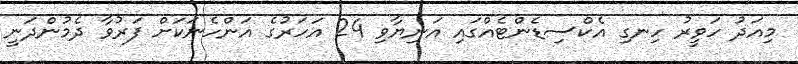
މިއަދު ހަވީރު ހިނގި އެކްސިޑެންޓެއްގައި އަނިޔާވި 24 އަހަރުގެ އަންހެނަކަށް ފަރުވާ ދެމުންދަނީ